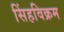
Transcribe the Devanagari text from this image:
सिंहविक्रम